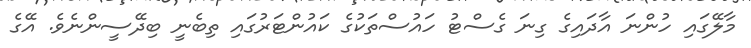
މާލޭގައި ހުންނަ އާދައިގެ ގިނަ ގެސްޓު ހައުސްތަކުގެ ކައުންޓަރުގައި ތިބެނީ ބިދޭސީންނެވެ. އޭގެ